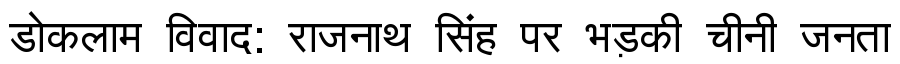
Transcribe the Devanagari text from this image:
डोकलाम विवाद: राजनाथ सिंह पर भड़की चीनी जनता